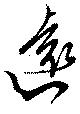
遠